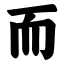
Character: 而